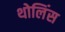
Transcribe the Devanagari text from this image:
थोलिंस